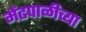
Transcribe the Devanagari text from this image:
मेंढपाळीच्या